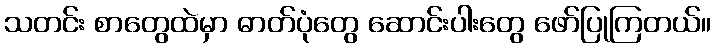
သတင်း စာတွေထဲမှာ ဓာတ်ပုံတွေ ဆောင်းပါးတွေ ဖော်ပြုကြတယ်။